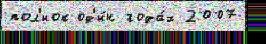
пол'иок од'и́н года́х 2007